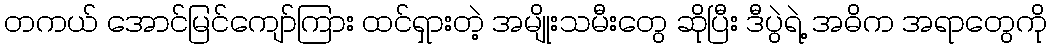
တကယ် အောင်မြင်ကျော်ကြား ထင်ရှားတဲ့ အမျိုးသမီးတွေ ဆိုပြီး ဒီပွဲရဲ့ အဓိက အရာတွေကို